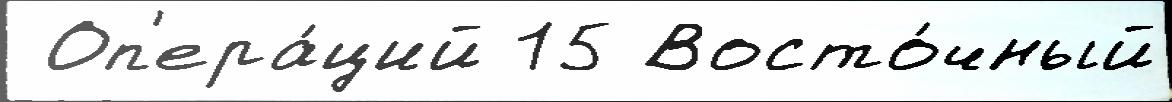
 Оп'ера́ций 15 Восто́чный